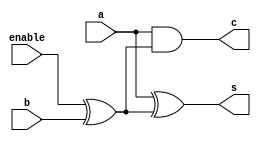
module half_addersub(input a,b,enable, output c,s);
  wire wire1;
  assign wire1 = enable ^ b; 
  assign c = a & wire1;
  assign s = a ^ wire1;
endmodule